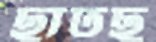
ছাঁটছ